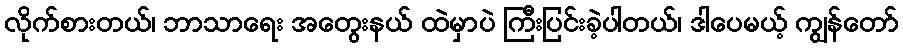
လိုက်စားတယ်၊ ဘာသာရေး အတွေးနယ် ထဲမှာပဲ ကြီးပြင်းခဲ့ပါတယ်၊ ဒါပေမယ့် ကျွန်တော်